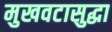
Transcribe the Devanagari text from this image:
मुखवटासुद्धा